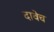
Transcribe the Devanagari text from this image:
दावेच